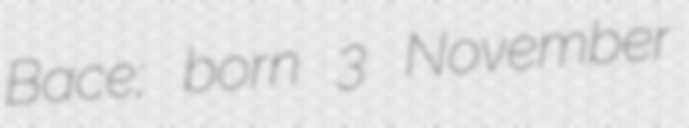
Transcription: Bacиљeвић; born 3 November